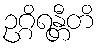
ဥဂ္ဂိရန္တီတိ